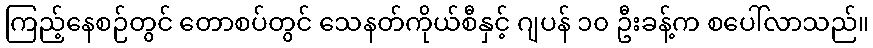
ကြည့်နေစဉ်တွင် တောစပ်တွင် သေနတ်ကိုယ်စီနှင့် ဂျပန် ၁၀ ဦးခန့်က စပေါ်လာသည်။